Report of the Bombay Veterinary College
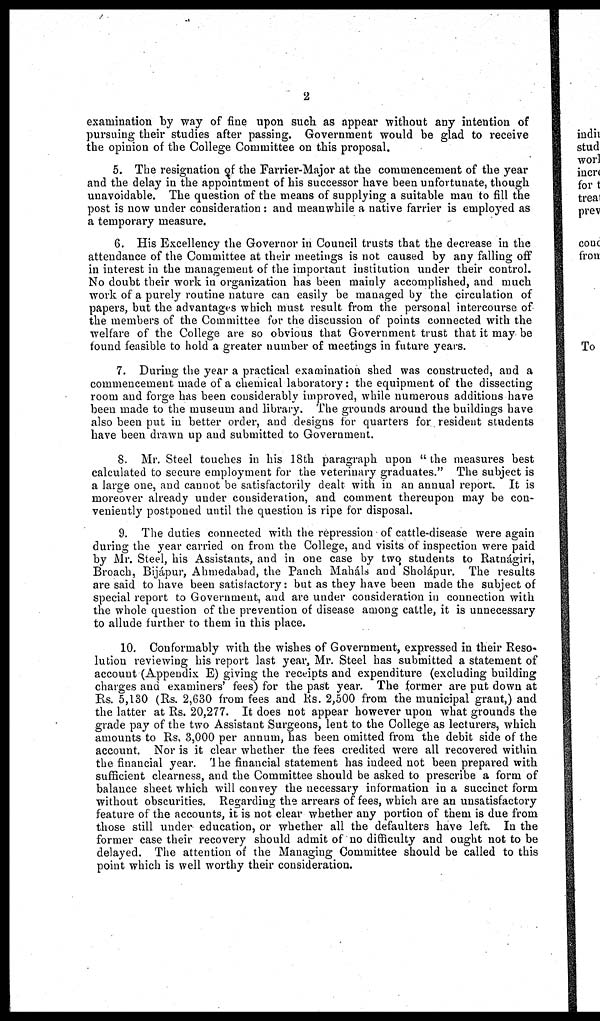
2
examination by way of fine upon such as appear without any intention of
pursuing their studies after passing. Government would be glad to receive
the opinion of the College Committee on this proposal.
5. The resignation of the Farrier-Major at the commencement of the year
and the delay in the appointment of his successor have been unfortunate, though
unavoidable. The question of the means of supplying a suitable man to fill the
post is now under consideration : and meanwhile a native farrier is employed as
a temporary measure.
6. His Excellency the Governor in Council trusts that the decrease in the
attendance of the Committee at their meetings is not caused by any falling off
in interest in the management of the important institution under their control.
No doubt their work in organization has been mainly accomplished, and much
work of a purely routine nature can easily be managed by the circulation of
papers, but the advantages which must result from the personal intercourse of
the members of the Committee for the discussion of points connected with the
welfare of the College are so obvious that Government trust that it may be
found feasible to hold a greater number of meetings in future years.
7. During the year a practical examination shed was constructed, and a
commencement made of a chemical laboratory: the equipment of the dissecting
room and forge has been considerably improved, while numerous additions have
been made to the museum and library. The grounds around the buildings have
also been put in better order, and designs for quarters for resident students
have been drawn up and submitted to Government.
8. Mr. Steel touches in his 18th paragraph upon "the measures best
calculated to secure employment for the veterinary graduates." The subject is
a large one, and cannot be satisfactorily dealt with in an annual report. It is
moreover already under consideration, and comment thereupon may be con-
veniently postponed until the question is ripe for disposal.
9. The duties connected with the repression of cattle-disease were again
during the year carried on from the College, and visits of inspection were paid
by Mr. Steel, his Assistants, and in one case by two students to Ratnágiri,
Broach, Bijápur, Ahmedabad, the Panch Maháls and Sholápur. The results
are said to have been satisfactory: but as they have been made the subject of
special report to Government, and are under consideration in connection with
the whole question of the prevention of disease among cattle, it is unnecessary
to allude further to them in this place.
10. Conformably with the wishes of Government, expressed in their Reso-
lution reviewing his report last year, Mr. Steel has submitted a statement of
account (Appendix E) giving the receipts and expenditure (excluding building
charges and examiners' fees) for the past year. The former are put down at
Rs. 5,130 (Rs. 2,630 from fees and Rs. 2,500 from the municipal grant,) and
the latter at Rs. 20,277. It does not appear however upon what grounds the
grade pay of the two Assistant Surgeons, lent to the College as lecturers, which
amounts to Rs. 3,000 per annum, has been omitted from the debit side of the
account. Nor is it clear whether the fees credited were all recovered within
the financial year. The financial statement has indeed not been prepared with
sufficient clearness, and the Committee should be asked to prescribe a form of
balance sheet which will convey the necessary information in a succinct form
without obscurities. Regarding the arrears of fees, which are an unsatisfactory
feature of the accounts, it is not clear whether any portion of them is due from
those still under education, or whether all the defaulters have left. In the
former case their recovery should admit of no difficulty and ought not to be
delayed. The attention of the Managing Committee should be called to this
point which is well worthy their consideration.